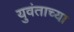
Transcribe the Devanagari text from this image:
युवंताच्या